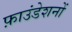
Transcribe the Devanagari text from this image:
फ़ाउंडेशनों